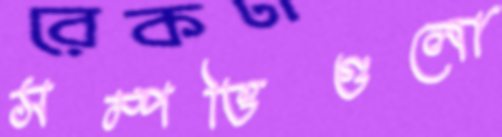
সম্পত্তিগুলো